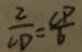
\frac { 2 } { C D } = \frac { C P } { 6 }